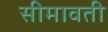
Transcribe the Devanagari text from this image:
सीमावती